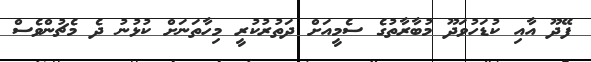
ފޭދޫ އާއި ކުޑަހުވަދޫ މުބާރާތުގެ ސެމީއަށް ދަތުރުކުރީ މިހާތަނަށް ކުޅުނު ދެ މެޗުންވެސް